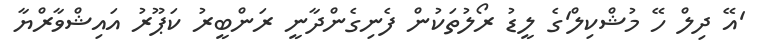
'އޭ ދިލް ހޭ މުޝްކިލް'ގެ ލީޑު ރޯލުތަކުން ފެނިގެންދާނީ ރަންބީރު ކަޕޫރު އައިޝްވާރްޔާ